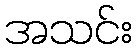
အသင်း